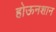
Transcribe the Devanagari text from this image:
होऊनशान